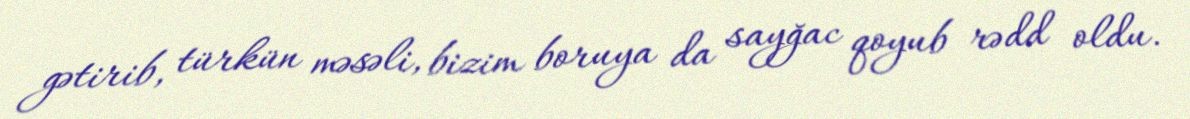
gətirib, türkün məsəli, bizim boruya da sayğac qoyub rədd oldu.